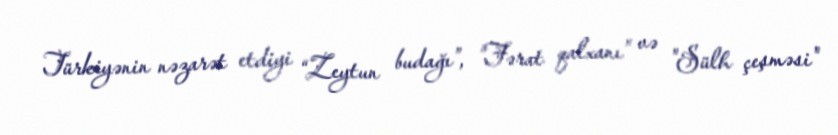
Türkiyənin nəzarət etdiyi “Zeytun budağı”, "Fərat qalxanı" və "Sülh çeşməsi"